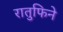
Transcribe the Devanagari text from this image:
रातुफिने